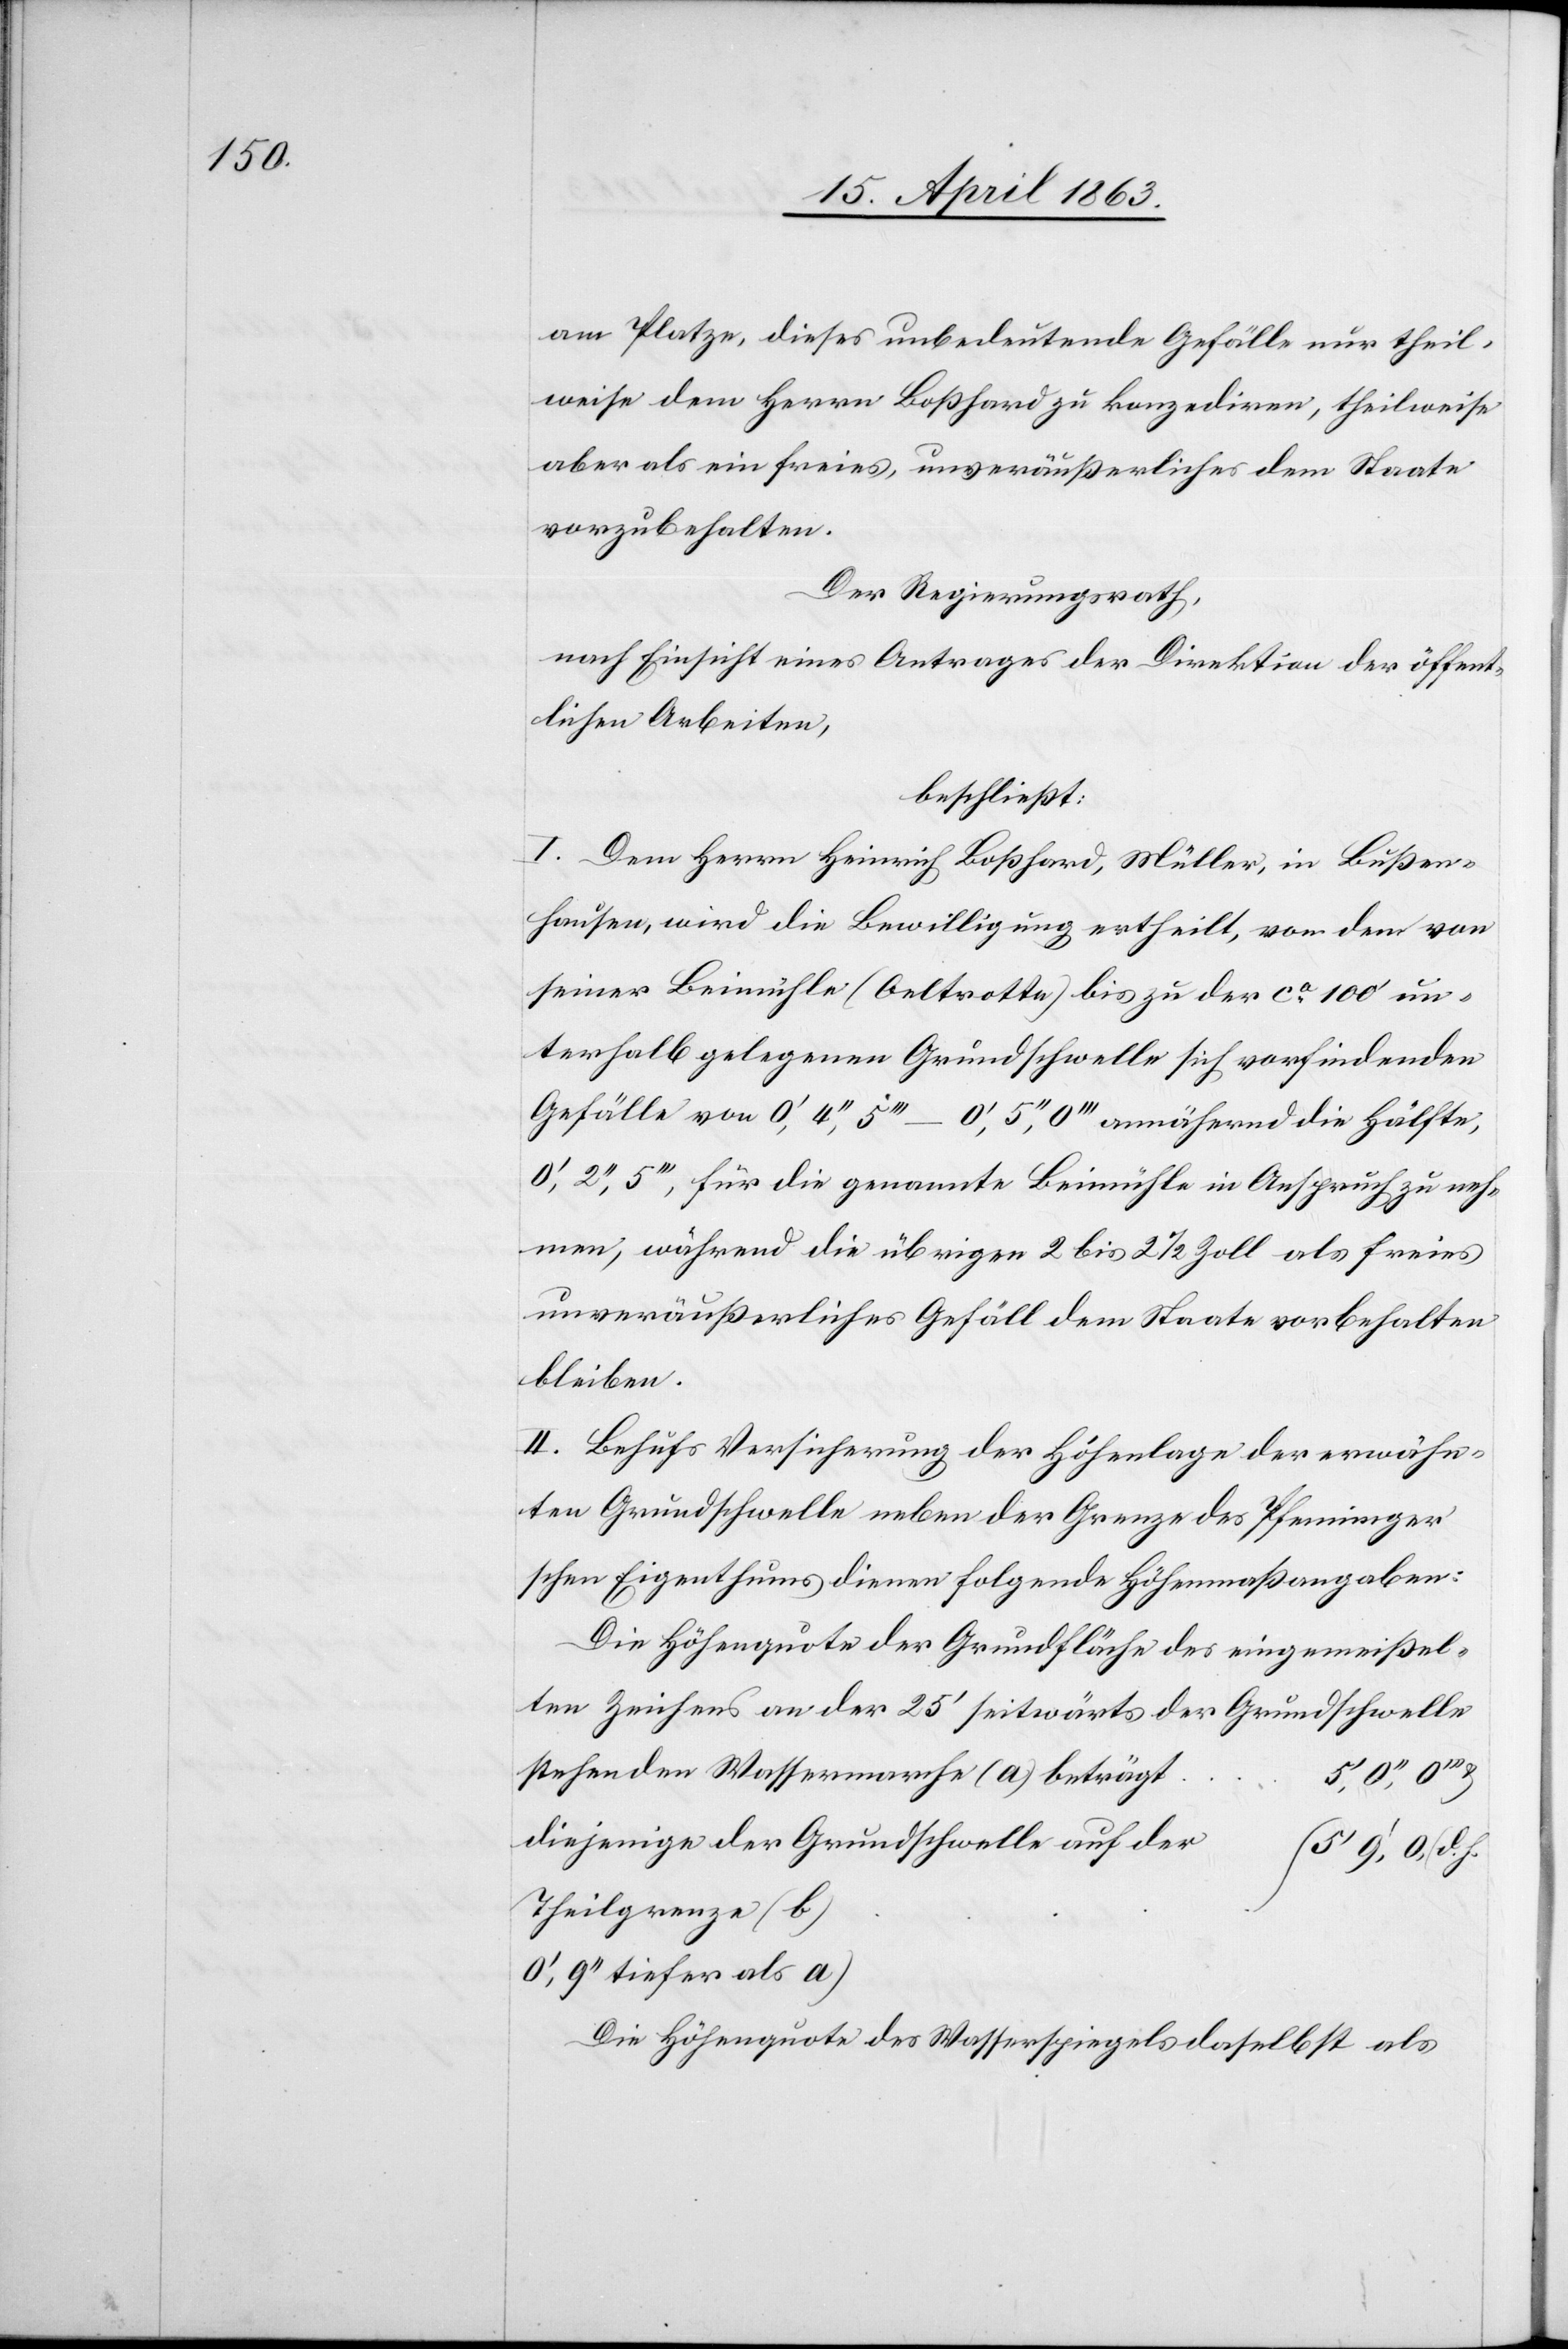
am Platze, dieses unbedeutende Gefälle nur theil¬
weise dem Herrn Boßhard zu konzediren, theilweise
aber als ein freies, unveräußerliches dem Staate
vorzubehalten.
Der Regierungsrath,
nach Einsicht eines Antrages der Direktion der öffent¬
lichen Arbeiten,
beschließt:
I. Dem Herrn Heinrich Boßhard, Müller, in Bußen¬
hausen, wird die Bewilligung ertheilt, von dem von
seiner Beimühle (Oeltrotte) bis zu der ca 100' un¬
terhalb gelegenen Grundschwelle sich vorfindenden
Gefälle von 0', 4'', 5'''–0', 5'', 0''' annähernd die Hälfte,
0', 2'', 5''', für die genannte Beimühle in Anspruch zu neh¬
men, während die übrigen 2 bis 2 1/2 Zoll als freies
unveräußerliches Gefäll dem Staate vorbehalten
bleiben.
II. Behufs Versicherung der Höhenlage der erwähn¬
ten Grundschwelle neben der Grenze des Pfenninger's¬
chen Eigenthums dienen folgende Höhenmaßangaben:
Die Höhenquote der Grundfläche des eingemeißel¬
ten Zeichens an der 25' seitwärts der Grundschwelle
stehenden Wassermarche (a) beträgt
h.
diejenige der Grundschwelle auf der
Theilgrenze (b)
9'' tiefer als a)
Die Höhenquote des Wasserspiegels daselbst als